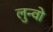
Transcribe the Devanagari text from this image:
लुन्वो